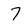
Character: 7